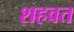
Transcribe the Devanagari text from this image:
शहवत